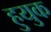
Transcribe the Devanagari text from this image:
हुयुक